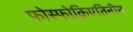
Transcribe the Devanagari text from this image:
फोस्फोक्रिएतिनीन